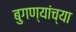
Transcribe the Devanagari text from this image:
बुगण्यांच्या